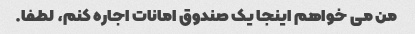
من می خواهم اینجا یک صندوق امانات اجاره کنم، لطفا.